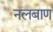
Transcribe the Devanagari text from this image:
नलबाण